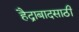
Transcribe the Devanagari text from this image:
हैद्राबादसाठी